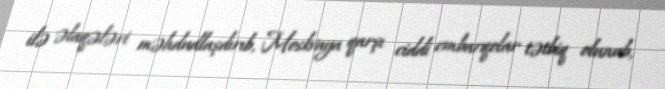
ilə əlaqələri məhdudlaşdırıb, Moskvaya qarşı ciddi embarqolar tətbiq olunub,